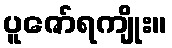
ပူဇော်ရကျိုး။